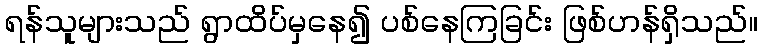
ရန်သူများသည် ရွာထိပ်မှနေ၍ ပစ်နေကြခြင်း ဖြစ်ဟန်ရှိသည်။